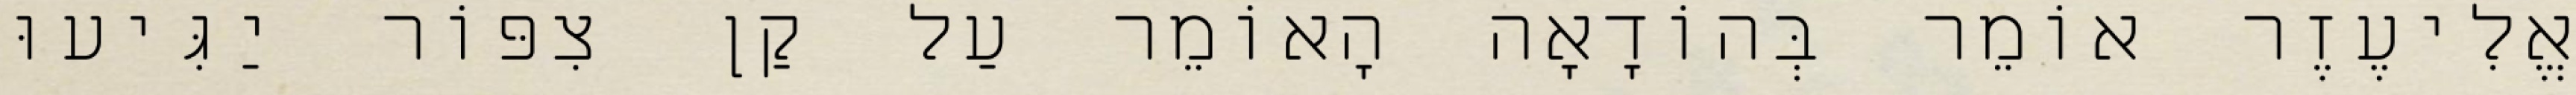
אֱלִיעֶזֶר אוֹמֵר בְּהוֹדָאָה הָאוֹמֵר עַל קַן צִפּוֹר יַגִּיעוּ